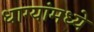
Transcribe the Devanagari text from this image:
धाग्यांमध्ये